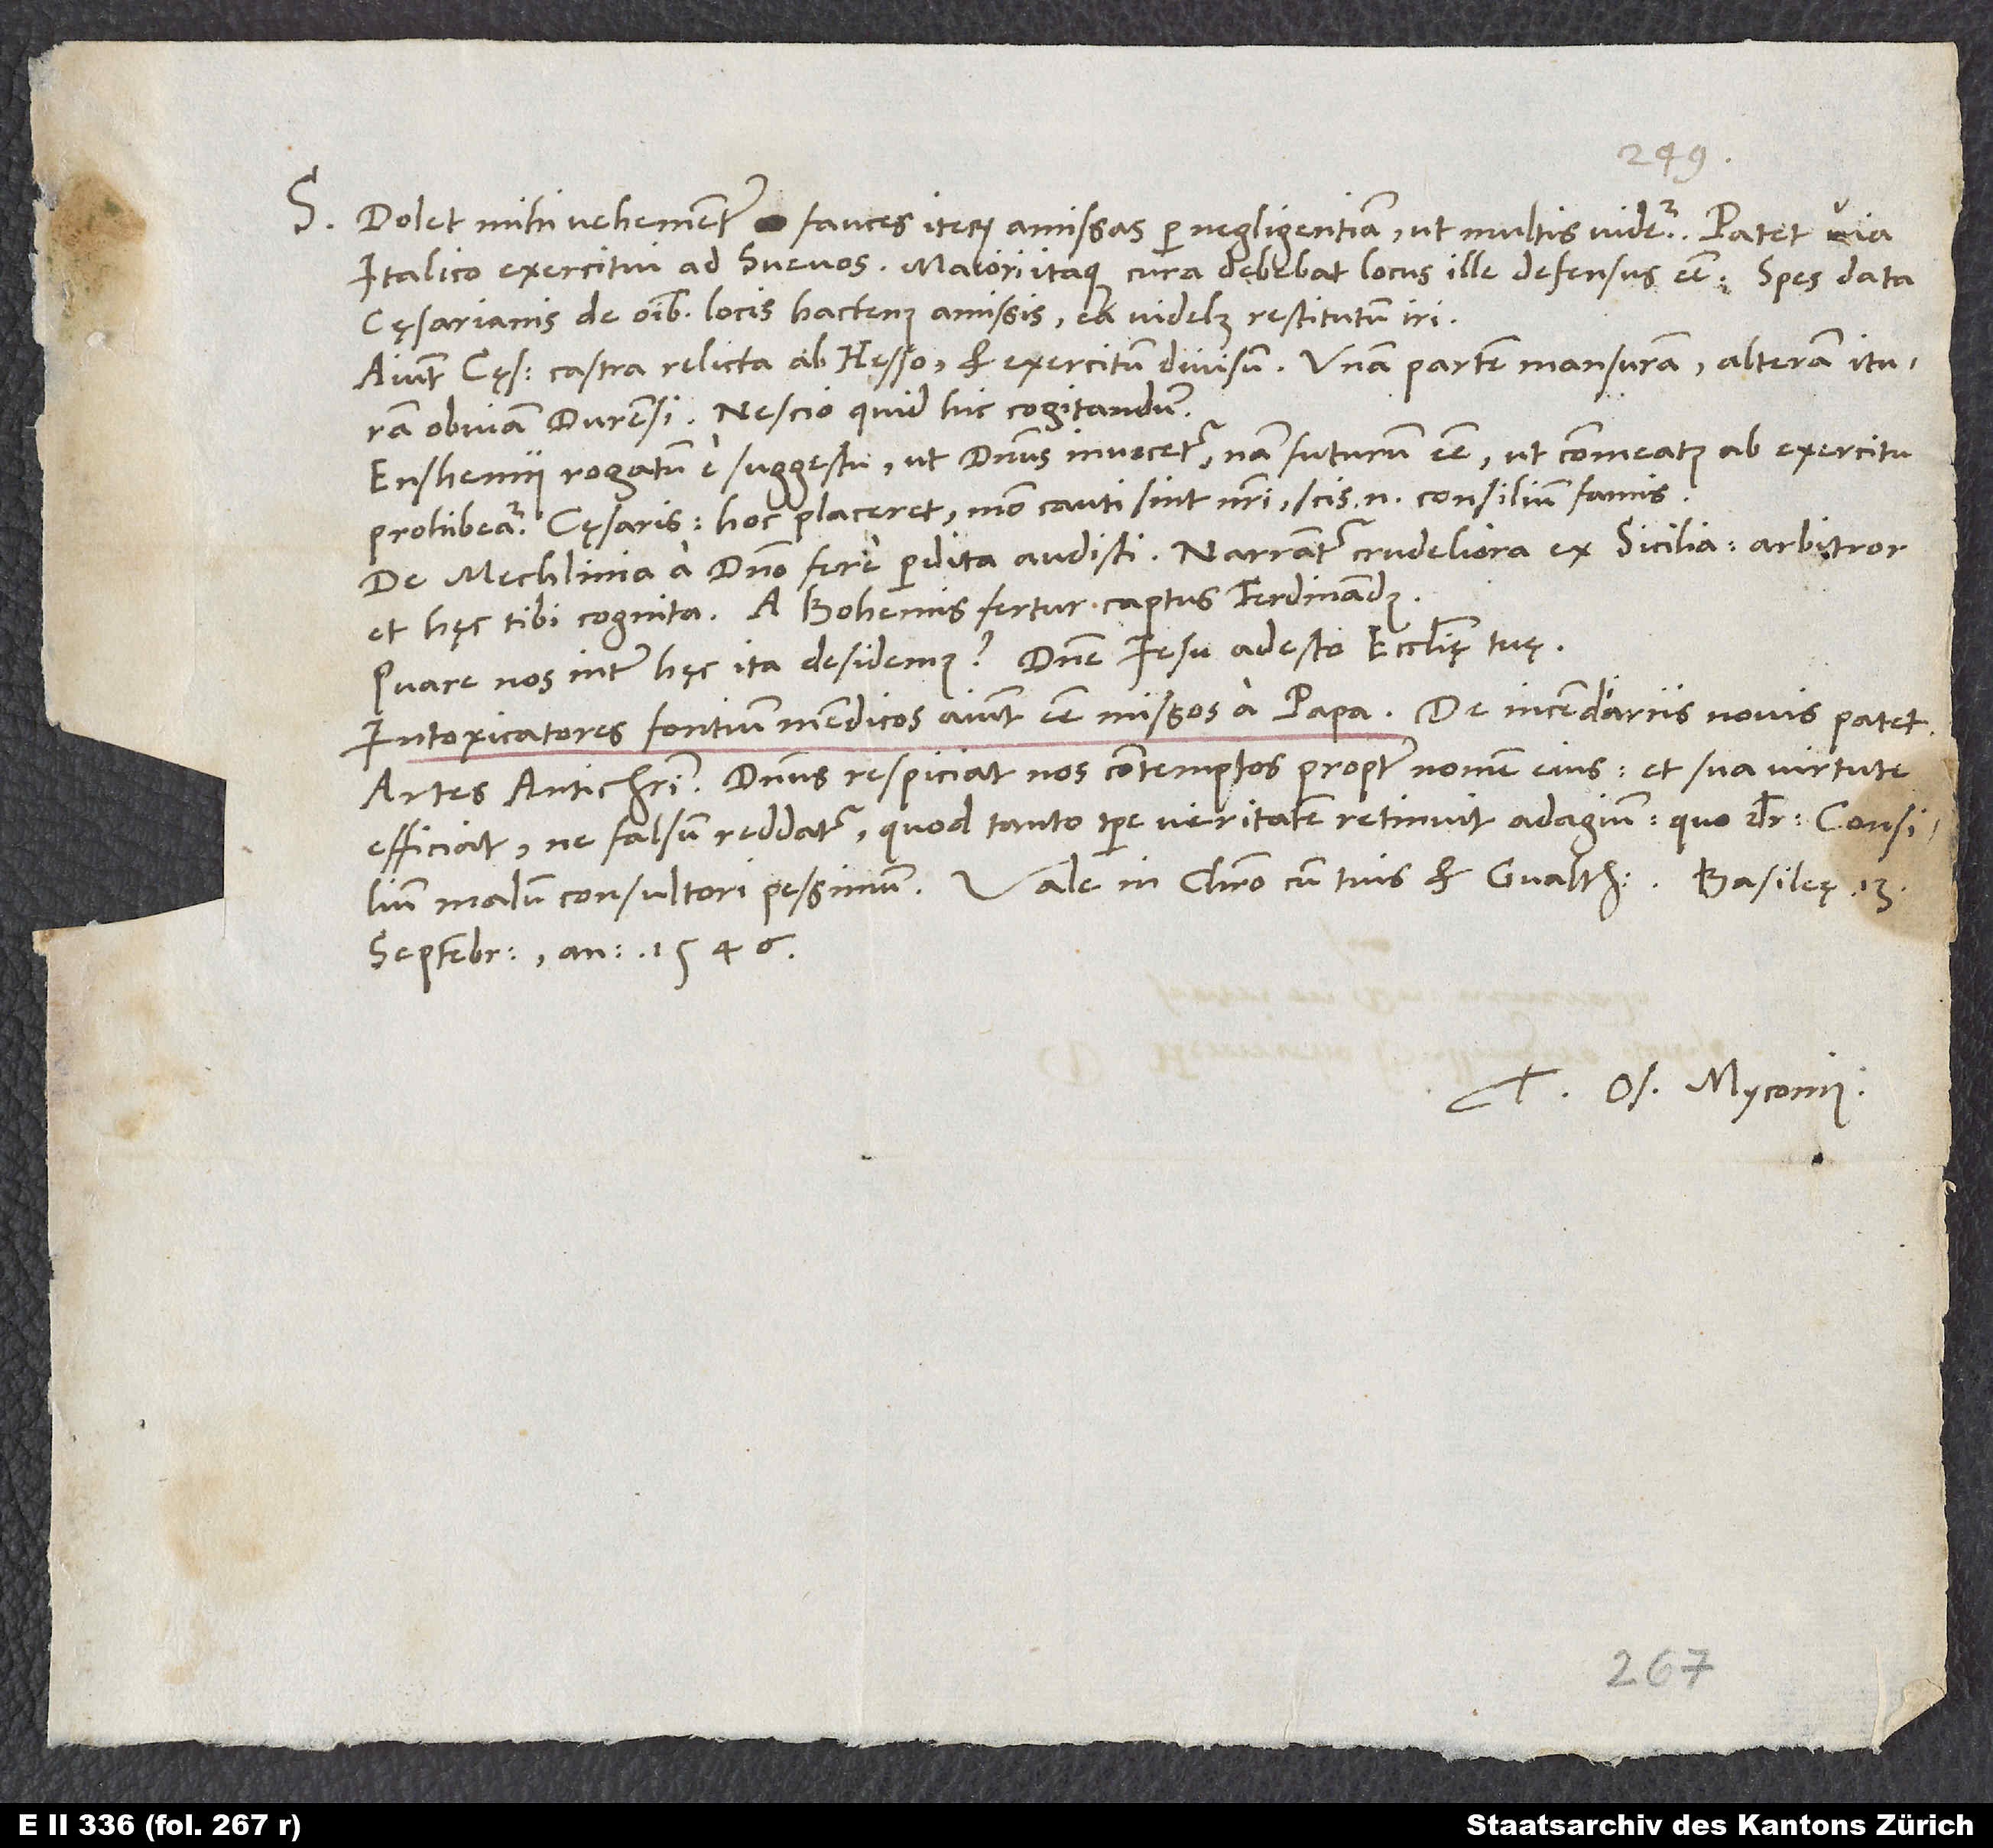
S. Dolet mihi vehementer fauces iterum amissas per negligentiam, ut multis videtur. Patet via
Italico exercitui ad Svevos. Maiori itaque cura debebat locus ille defensus esse. Spes data
cęsarianis de omnibus locis hactenus amissis, ea videlicet restitutum iri.
Aiunt cęsaris castra relicta ab Hesso et exercitum divisum. Unam partem mansuram, alteram ituram
obviam Burensi. Nescio, quid hic cogitandum.
Enshemii rogatum e suggestu, ut dominus invocetur, nam futurum esse, ut commeatus ab exercitu
prohibeatur cęsaris. Hoc placeret, modo cauti sint nostri. Scis enim consilium famis.
De Mechlinia a domino fere perdita audisti. Narrantur crudeliora ex Sicilia. Arbitror
et hęc tibi cognita. A Bohemis fertur captus Ferdinandus.
Quare nos inter hęc ita desidemus? Domine Iesu, adesto ecclesiaę tuę!
Intoxicatores fontium mendicos aiunt esse, missos a papa. De incendiariis novis patet.
Artes antichristi! Dominus respiciat nos contemptos propter nomen eius et sua virtute
efficiat, ne falsum reddatur, quod tanto tempore veritatem retinuit adagium, quo dicitur: Consilium
septembris anno 1546.
Tuus Os. Myconius.